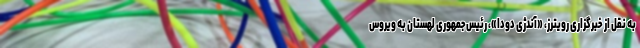
به نقل از خبرگزاری رویترز، «‌آندژی دودا»، رئیس‌جمهوری لهستان به ویروس